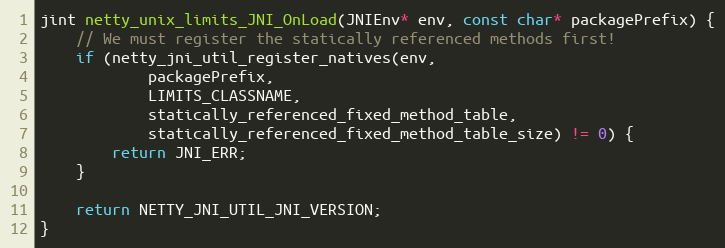
Language: C
jint netty_unix_limits_JNI_OnLoad(JNIEnv* env, const char* packagePrefix) {
    // We must register the statically referenced methods first!
    if (netty_jni_util_register_natives(env,
            packagePrefix,
            LIMITS_CLASSNAME,
            statically_referenced_fixed_method_table,
            statically_referenced_fixed_method_table_size) != 0) {
        return JNI_ERR;
    }

    return NETTY_JNI_UTIL_JNI_VERSION;
}